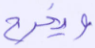
ويخرج